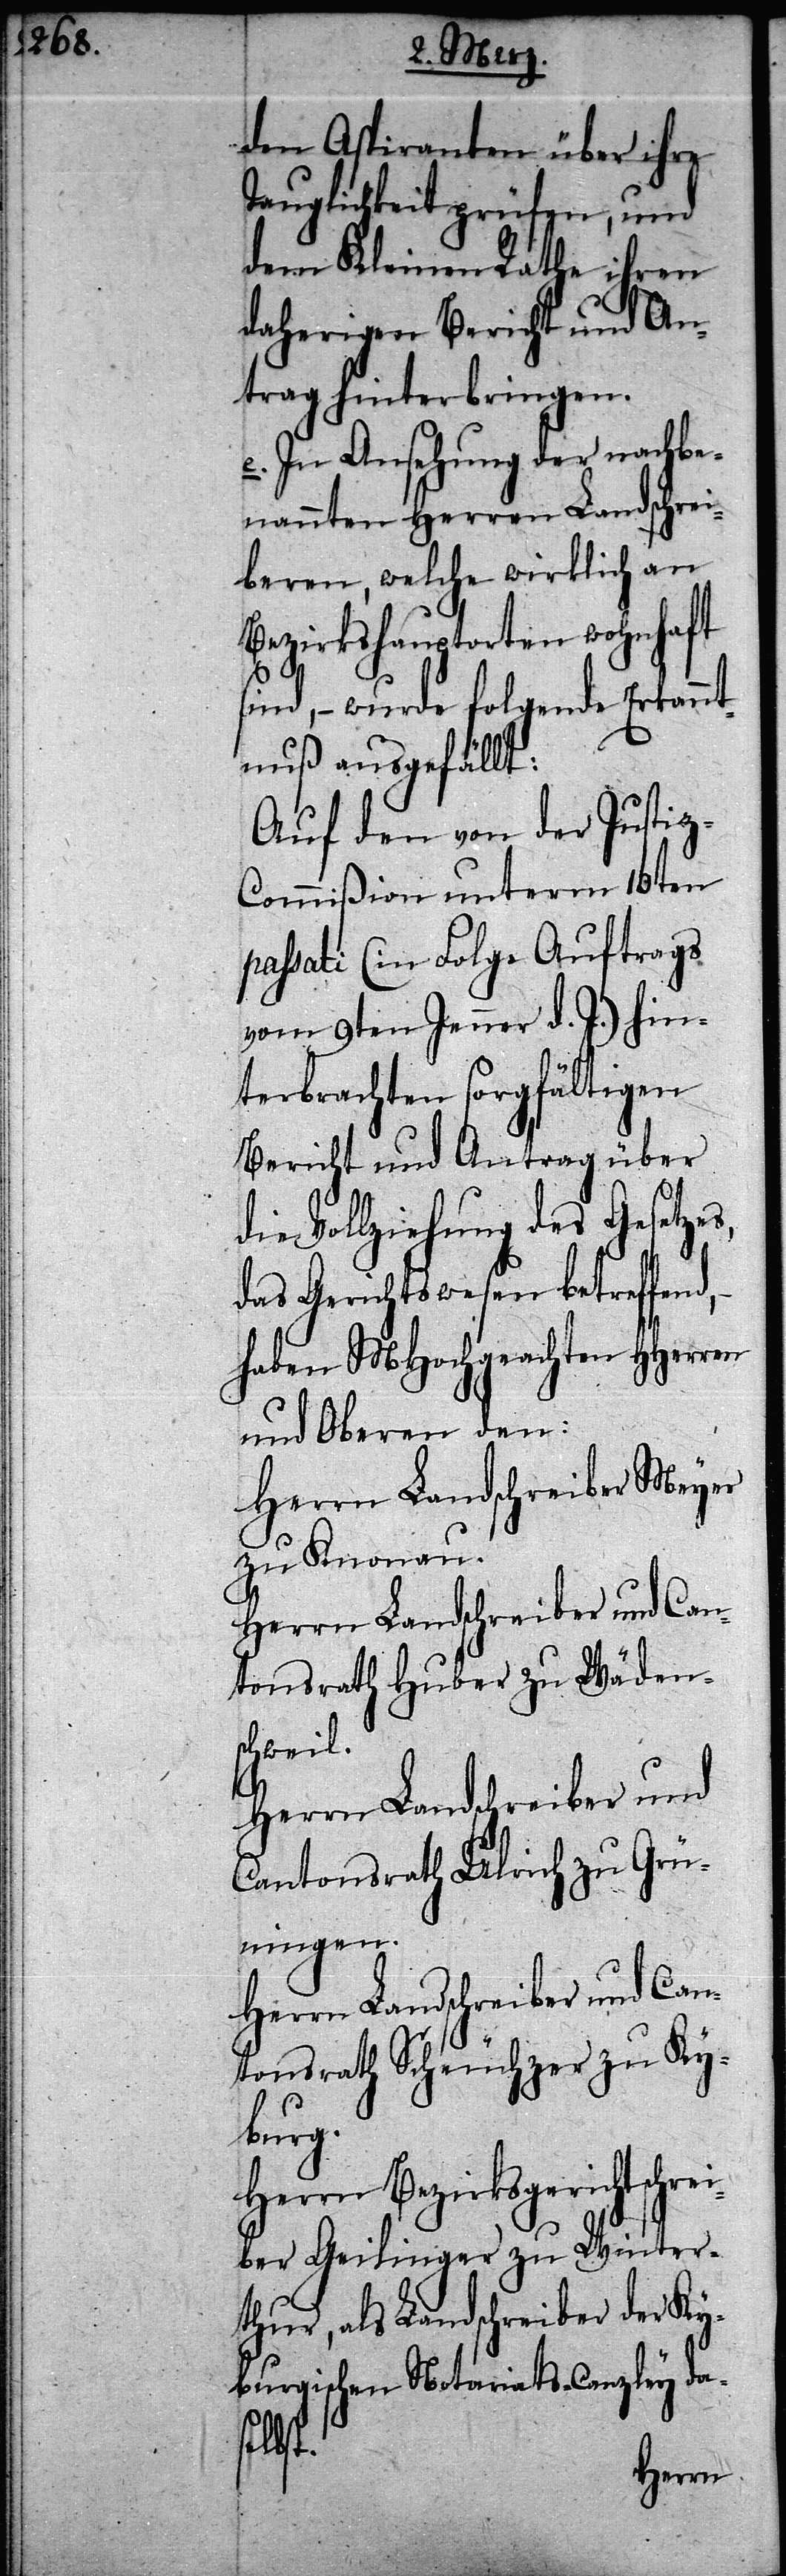
den Aspiranten über ihre
Tauglichkeit prüfen, und
dem Kleinen Rathe ihren
daherigen Bericht und An¬
trag hinterbringen.
e. In Ansehung der nachbe¬
nannten Herren Landschrei¬
beren, welche wirklich an
Bezirkshauptorten wohnhaft
sind, – wurde folgende Erkannt¬
nuß ausgefällt:
Auf den von der Justi¬
z-Commißion unterm 13ten
passati (in Folge Auftrags
vom 9ten Jenner d. J.) hin¬
terbrachten sorgfältigen
Bericht und Antrag über
die Vollziehung des Gesetzes,
das Gerichtswesen betreffend,
haben MHochgeachten HHerren
und Oberen den:
Herrn Landschreiber Meyer
zu Knonau.
Herrn Landschreiber und Can¬
tonsrath Huber zu Wäden¬
schweil.
Herrn Landschreiber und
Cantonsrath Ulrich zu Grün¬
ingen.
Herrn Landschreiber und Can¬
tonsrath Scheuchzer zu Ky¬
burg.
Herrn Bezirksgerichtschr¬
ber Geilinger zu Winter¬
thur, als Landschreiber der Ky¬
burgischen Notariats-Canzley das¬
elbst.